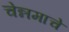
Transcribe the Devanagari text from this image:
चेन्नमाचे